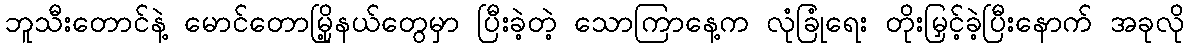
ဘူသီးတောင်နဲ့ မောင်တောမြို့နယ်တွေမှာ ပြီးခဲ့တဲ့ သောကြာနေ့က လုံခြုံရေး တိုးမြှင့်ခဲ့ပြီးနောက် အခုလို